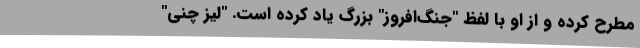
مطرح کرده و از او با لفظ "جنگ‌افروز" بزرگ یاد کرده است. "لیز چنی"